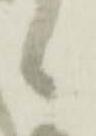
候